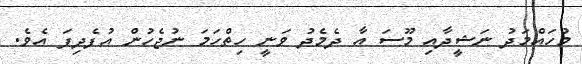
މުހައްމަދު ނަޝީދާއި މޫސަ އާ ދެމެދު ވަނީ ހިތްހަމަ ނުޖެހުން އުފެދިފަ އެވެ.